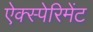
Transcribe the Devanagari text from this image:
ऐक्स्पेरिमेंट